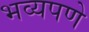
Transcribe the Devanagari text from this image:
भव्यपणे